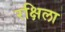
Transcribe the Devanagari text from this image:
रक्षिला